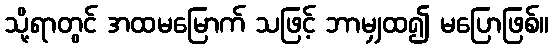
သို့ရာတွင် အထမမြောက် သဖြင့် ဘာမျှထ၍ မပြောဖြစ်။